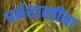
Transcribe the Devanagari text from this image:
धर्मशास्त्रींना